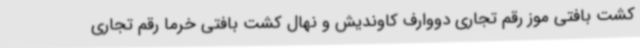
کشت بافتی موز رقم تجاری دووارف کاوندیش و نهال کشت بافتی خرما رقم تجاری